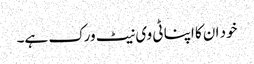
خود ان کا اپنا ٹی وی نیٹ ورک ہے۔